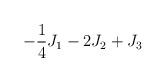
LaTeX: \begin{align*}-\frac{1}{4} J_1 -2 J_2 + J_3\end{align*}